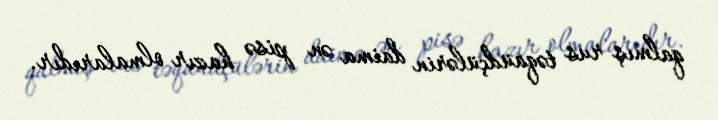
qalmış rus təqaüdçülərin daima ən pisə hazır olmalarıdır.